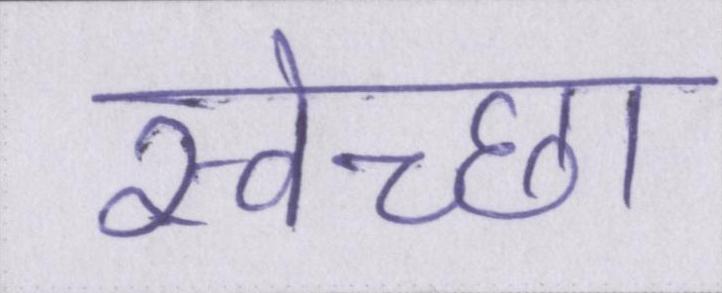
स्वेच्छा